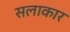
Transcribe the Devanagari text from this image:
सलाकार